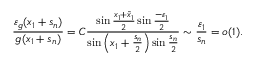
\frac { \varepsilon _ { g } ( x _ { 1 } + s _ { n } ) } { g ( x _ { 1 } + s _ { n } ) } = C \frac { \sin { \frac { x _ { 1 } + \widetilde { x } _ { 1 } } { 2 } } \sin { \frac { - \varepsilon _ { 1 } } { 2 } } } { \sin { \left( x _ { 1 } + \frac { s _ { n } } { 2 } \right) } \sin { \frac { s _ { n } } { 2 } } } \sim \frac { \varepsilon _ { 1 } } { s _ { n } } = o ( 1 ) .